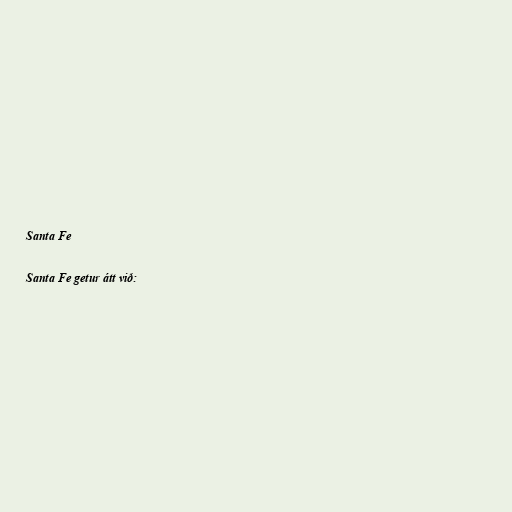
Santa Fe

Santa Fe getur átt við: